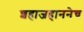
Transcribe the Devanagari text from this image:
शहाजहाननेच